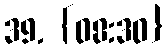
39. {08:30}